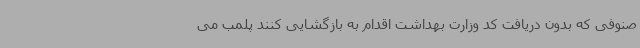
صنوفی که بدون دریافت کد وزارت بهداشت اقدام به بازگشایی کنند پلمب می